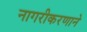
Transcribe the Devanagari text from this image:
नागरीकरणाने